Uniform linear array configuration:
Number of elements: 48
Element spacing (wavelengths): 0.5
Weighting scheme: hann
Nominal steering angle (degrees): -45
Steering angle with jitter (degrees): -46.693
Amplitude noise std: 0.05
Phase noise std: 0.05

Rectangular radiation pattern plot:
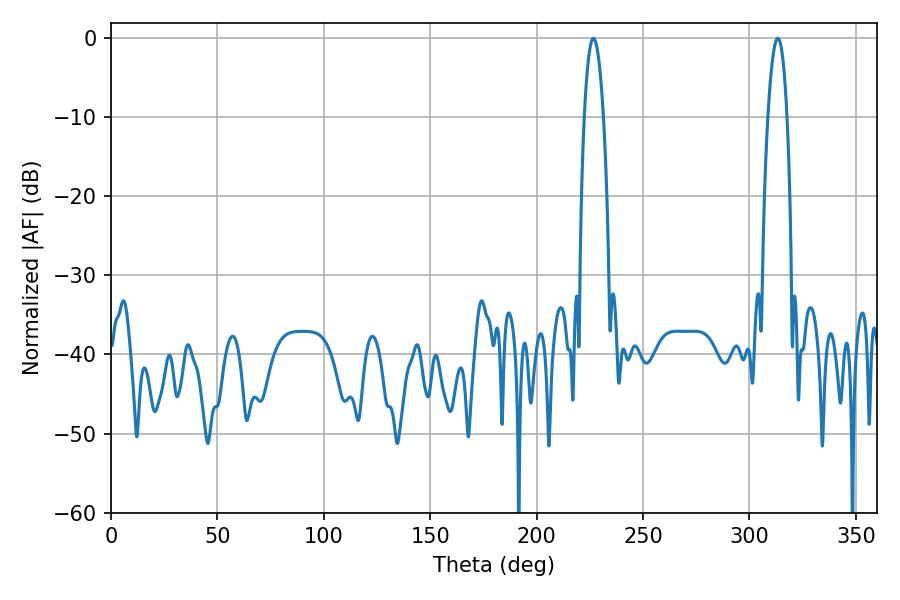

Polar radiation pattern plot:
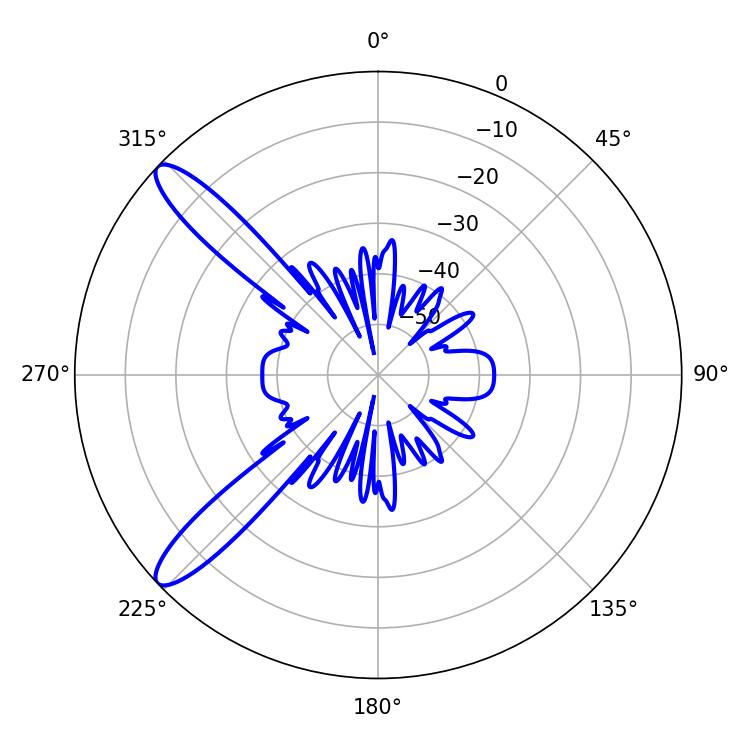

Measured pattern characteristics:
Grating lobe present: FALSE
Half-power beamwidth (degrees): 4.86
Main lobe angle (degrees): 226.62